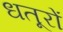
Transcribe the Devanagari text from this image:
धतूरों